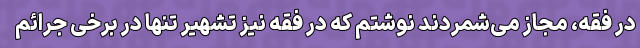
در فقه، مجاز می‌شمردند نوشتم که در فقه نیز تشهیر تنها در برخی جرائم